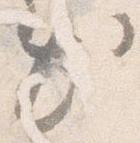
出